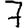
Digit: 7